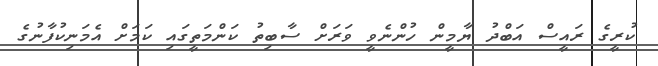
ކުރީގެ ރައީސް އަބްދު ޔާމީން ހުންނެވީ ވަރަށް ސާބިތު ކަންމަތީގައި ކަމަށް އެމަނިކުފާނުގެ